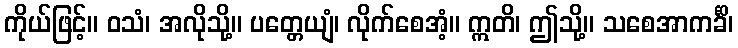
ကိုယ်ဖြင့်။ ဝသံ၊ အလိုသို့။ ပတ္တေယျံ၊ လိုက်စေအံ့။ ဣတိ၊ ဤသို့။ သစေအာကင်္ခိ၊